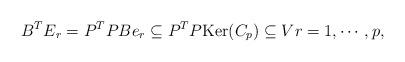
LaTeX: \begin{align*}B^TE_r = P^{T}PBe_r \subseteq P^{T}P\hbox{Ker}(C_p) \subseteq Vr=1,\cdots, p,\end{align*}